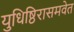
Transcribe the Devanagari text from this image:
युधिष्ठिरासमवेत